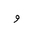
Letter: _waw